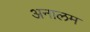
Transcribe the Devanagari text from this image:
अनालम